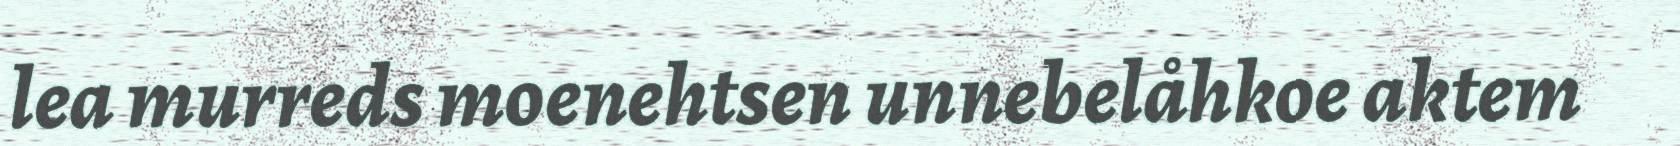
lea murreds moenehtsen unnebelåhkoe aktem